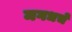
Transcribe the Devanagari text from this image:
मगधचे